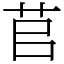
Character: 苢